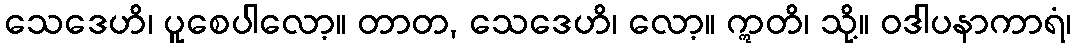
သေဒေဟိ၊ ပူစေပါလော့။ တာတ, သေဒေဟိ၊ လော့။ ဣတိ၊ သို့။ ဝဒါပနာကာရံ၊